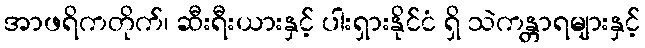
အာဖရိကတိုက်၊ ဆီးရီးယားနှင့် ပါးရှားနိုင်ငံ ရှိ သဲကန္တာရများနှင့်